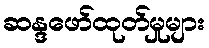
ဆန္ဒဖော်ထုတ်မှုများ